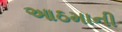
આઠમાની